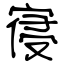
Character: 寑